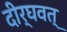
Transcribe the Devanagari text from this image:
दीर्घवत्